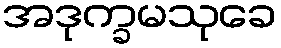
အဒုက္ခမသုခေ